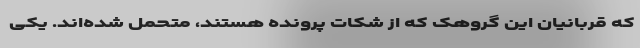
که قربانیان این گروهک که از شکات پرونده هستند، متحمل شده‌اند. یکی